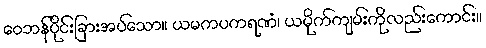
ဝေဘန်ပိုင်းခြားအပ်သော။ ယမကပကရဏံ၊ ယမိုက်ကျမ်းကိုလည်းကောင်း။